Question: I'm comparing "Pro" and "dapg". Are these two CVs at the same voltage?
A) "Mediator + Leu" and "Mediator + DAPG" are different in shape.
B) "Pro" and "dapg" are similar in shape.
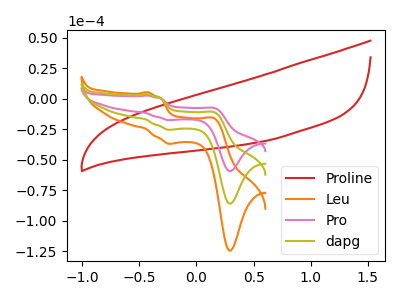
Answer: <think>The red curve "Proline" has no peaks. The orange curve "Leu" has anodic peaks at (-0.45V, 7.25uA) (0.15V, -23.15uA) and cathodic peaks at (-0.25V, -51.15uA) (0.30V, -172.35uA). The pink curve "Pro" has anodic peaks at (-0.45V, 2.50uA) (0.15V, -8.00uA) and cathodic peaks at (-0.25V, -17.65uA) (0.30V, -59.50uA). The olive curve "dapg" has anodic peaks at (-0.45V, 3.65uA) (0.15V, -11.60uA) and cathodic peaks at (-0.25V, -25.60uA) (0.30V, -86.20uA).
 All the peaks in "Pro" have a peak in "dapg" at the same potential.</think>
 <answer>B) "Pro" and "dapg" are similar in shape.</answer>
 <eval>B</eval>